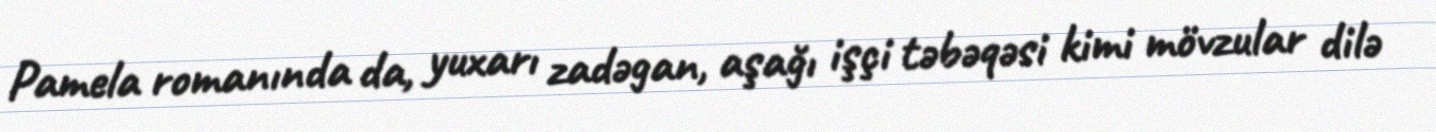
Pamela romanında da, yuxarı zadəgan, aşağı işçi təbəqəsi kimi mövzular dilə